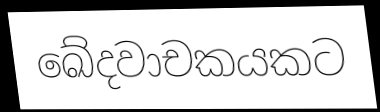
ඛේදවාචකයකට